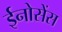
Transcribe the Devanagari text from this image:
ईनोसेंस